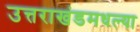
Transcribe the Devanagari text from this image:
उत्तराखंडमधल्या